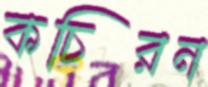
কচিরন